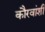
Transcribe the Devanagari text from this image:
कौरवांशी